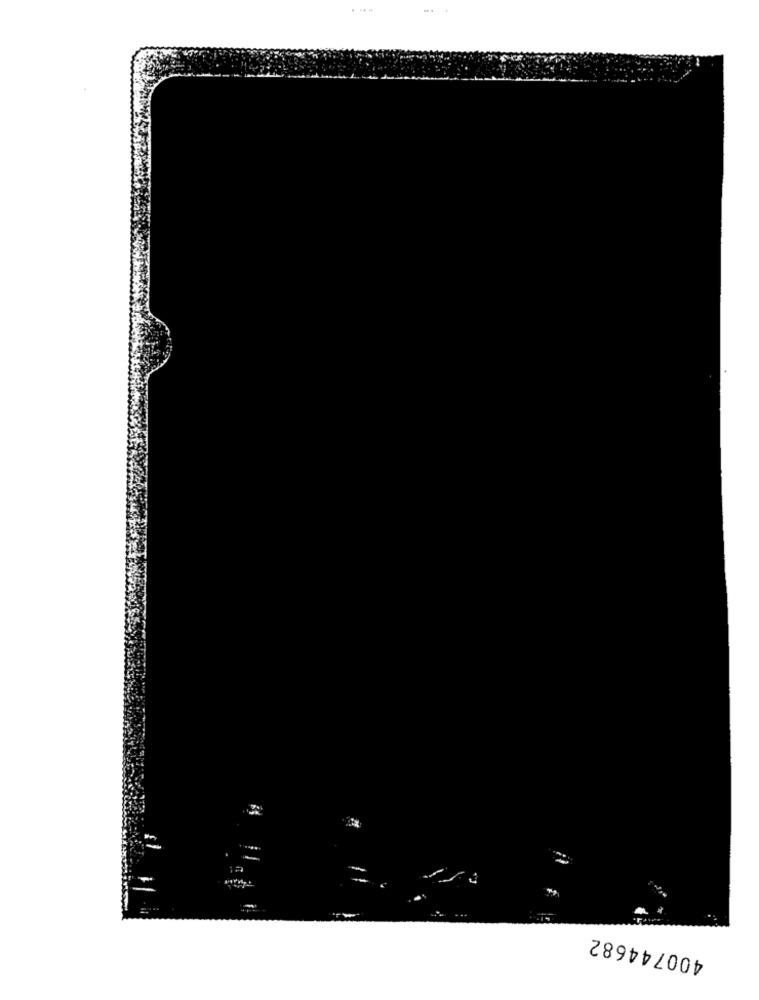
17
400744682